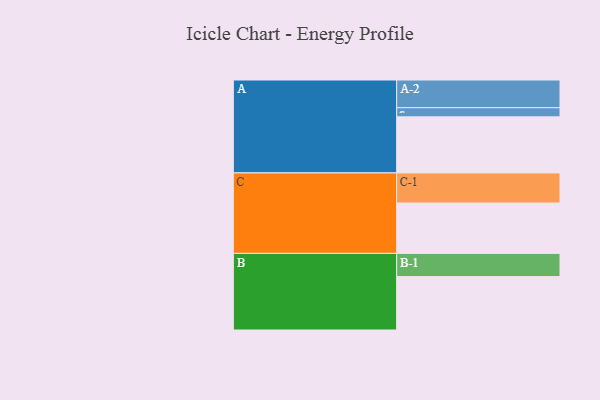
{"axis": {"x": "Segment", "y": "Value"}, "legend": ["", "A", "B", "C"], "data": [{"x": "A", "y": 423, "type": ""}, {"x": "B", "y": 403, "type": ""}, {"x": "C", "y": 380, "type": ""}, {"x": "A-1", "y": 69, "type": "A"}, {"x": "A-2", "y": 209, "type": "A"}, {"x": "B-1", "y": 175, "type": "B"}, {"x": "C-1", "y": 227, "type": "C"}]}